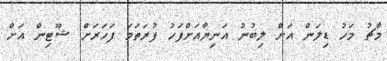
މާޗު މަހު ޑިލަން އަށް ލިބުނު އަނިޔާއަށްފަހު ފުރަތަމަ ފަހަރަށް ޝޫޓިން އަށް